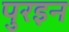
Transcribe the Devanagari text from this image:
पुरइन